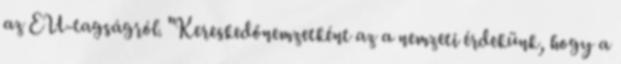
az EU-tagságról. "Kereskedőnemzetként az a nemzeti érdekünk, hogy a